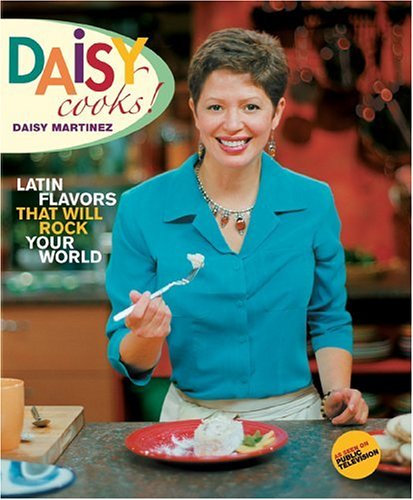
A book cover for Daisy Cooks: Latin Flavors That Will Rock Your World; Daisy Martinez; Cookbooks, Food & Wine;